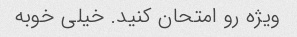
ویژه رو امتحان کنید. خیلی خوبه